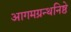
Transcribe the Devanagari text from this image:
आगमग्रन्थनिष्ठे